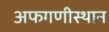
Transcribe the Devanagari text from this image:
अफगणीस्थान